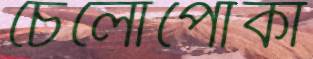
চেলোপোকা